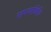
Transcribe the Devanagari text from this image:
सपयाविधि